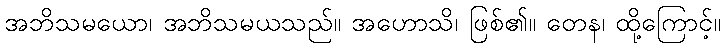
အဘိသမယော၊ အဘိသမယသည်။ အဟောသိ၊ ဖြစ်၏။ တေန၊ ထို့ကြောင့်။